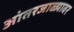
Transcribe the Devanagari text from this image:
आंतरजाळ्यावर